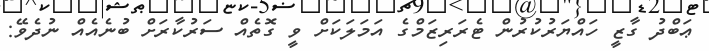
ޢަބްދު ގާޒީ ހައްޔަރުކުރުން ޓެރަރިޒަމްގެ އަމަލަކަށް ވީ ގޮތެއް ސަރުކާރަށް ބުނެއެއް ނުދެވޭ: